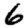
Digit: 6